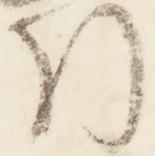
引